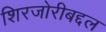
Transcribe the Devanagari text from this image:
शिरजोरीबद्दल